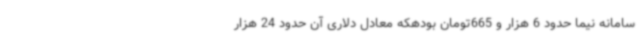
سامانه نیما حدود 6 هزار و 665تومان بودهکه معادل دلاری آن حدود 24 هزار